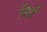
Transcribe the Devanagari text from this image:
सिटें